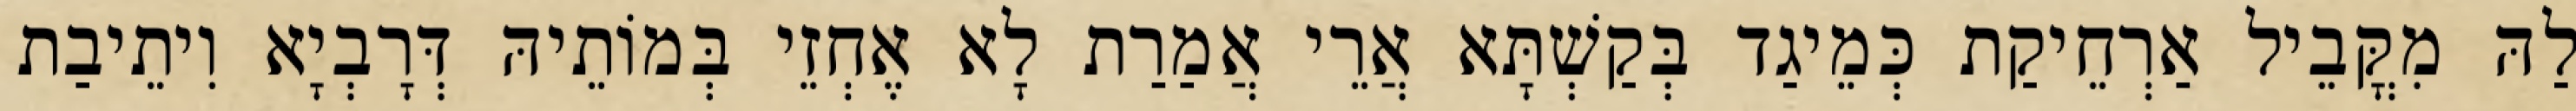
לַהּ מִקֳּבֵיל אַרְחֵיקַת כְּמֵיגַד בְּקַשְׁתָּא אֲרֵי אֲמַרַת לָא אֶחְזֵי בְּמוֹתֵיהּ דְּרָבְיָא וִיתֵיבַת